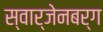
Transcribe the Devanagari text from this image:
स्वार्जेनबर्ग